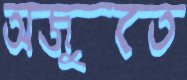
অজুতে